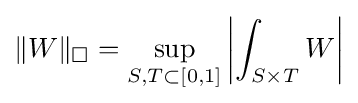
\|W\|_{\square }=\sup _{S,T\subset [0,1]}\left|\int _{S\times T}W\right|